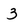
Character: 3